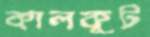
কালকূট